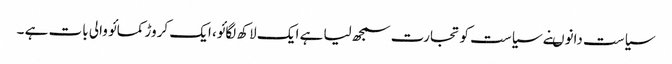
سیاست دانوںنے سیاست کو تجارت سمجھ لیا ہے ایک لاکھ لگائو، ایک کروڑ کمائو والی بات ہے ۔